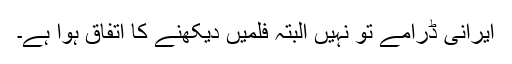
ایرانی ڈرامے تو نہیں البتہ فلمیں دیکھنے کا اتفاق ہوا ہے۔